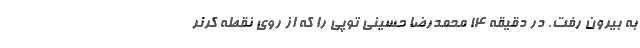
به بیرون رفت. در دقیقه ۱۴ محمدرضا حسینی توپی را که از روی نقطه کرنر